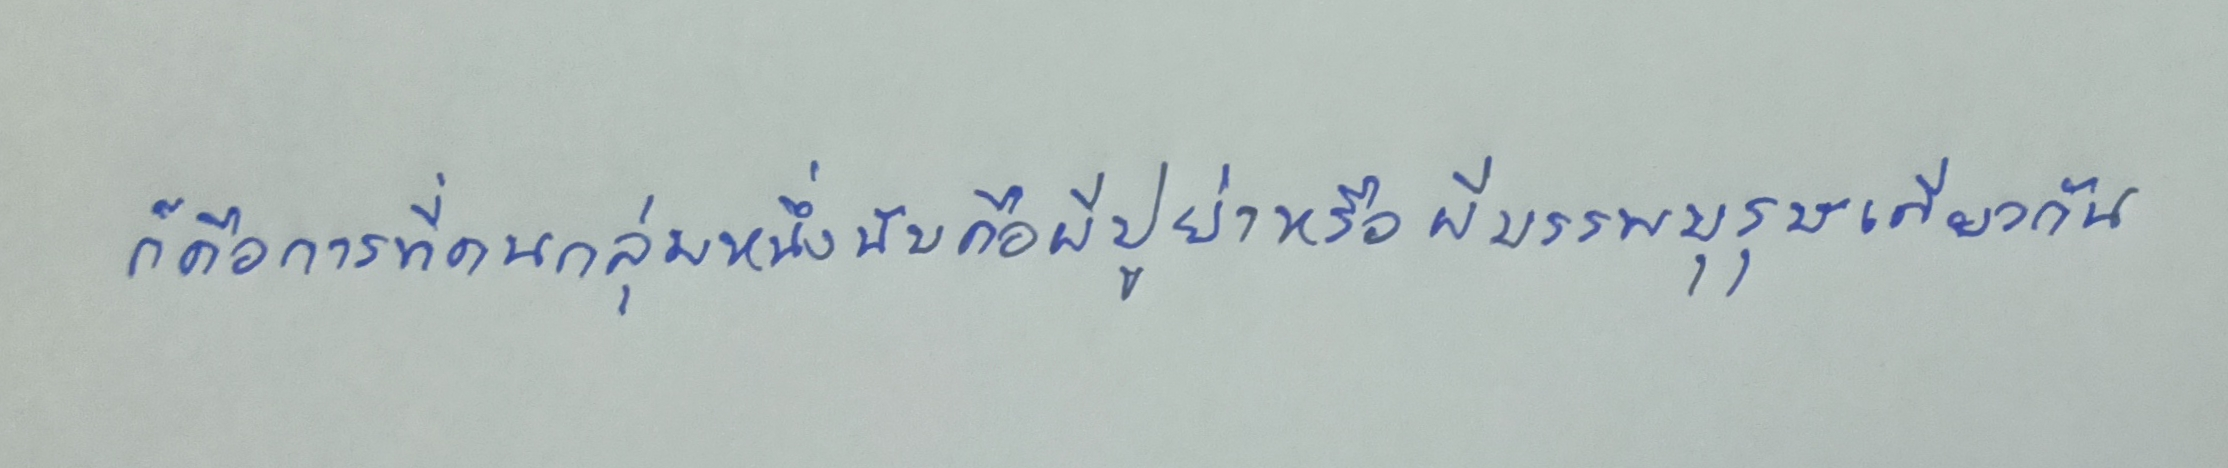
ก็คือการที่คนกลุ่มหนึ่งนับถือผีปูย่าหรือผีบรรพบุรุษเดียวกัน